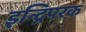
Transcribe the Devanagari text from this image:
इन्द्रिपरक